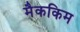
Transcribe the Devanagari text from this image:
मैककिम